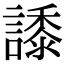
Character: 𧬠